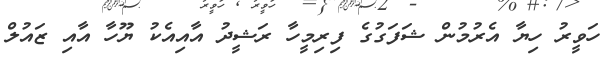
ހަވީރު ހިޔާ އެރުމުން ޝަފަގުގެ ފިރިމީހާ ރަޝީދު އާއިއެކު ޔޫހާ އާއި ޒައުލް